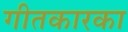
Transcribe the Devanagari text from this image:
गीतकारका